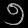
Digit: ၅